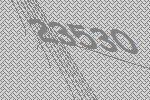
23530